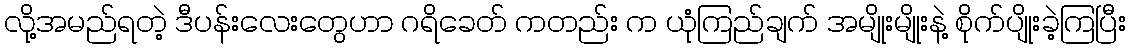
လို့အမည်ရတဲ့ ဒီပန်းလေးတွေဟာ ဂရိခေတ် ကတည်း က ယုံကြည်ချက် အမျိုးမျိုးနဲ့ စိုက်ပျိုးခဲ့ကြပြီး